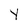
Character: y